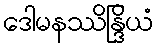
ဒေါမနဿိန္ဒြိယံ